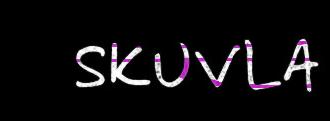
SKUVLA